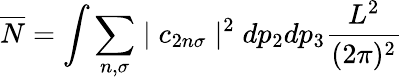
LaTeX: \overline{{{N}}}=\int\sum_{n,\sigma}\mid c_{2n\sigma}\mid^{2}dp_{2}dp_{3}\frac{L^{2}}{(2\pi)^{2}}